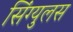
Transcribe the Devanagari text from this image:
सिंग्युलस